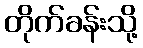
တိုက်ခန်းသို့